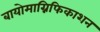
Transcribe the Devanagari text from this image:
बायोमाग्निफिकाशन